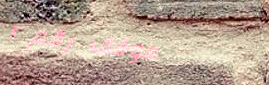
موقف رقم ٢